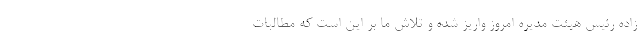
زاده رئیس هیئت مدیره امروز واریز شده و تلاش ما بر این است که مطالبات